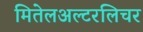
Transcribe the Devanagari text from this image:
मितेलअल्टरलिचर